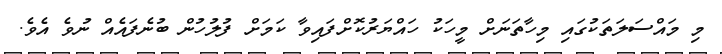
މި މައްސަލަތަކުގައި މިހާތަނަށް މީހަކު ހައްޔަރުކޮށްފައިވާ ކަމަށް ފުލުހުން ބުނެފައެއް ނުވެ އެވެ.